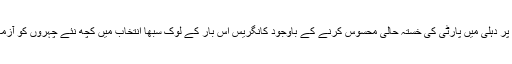
اندرونی طور پر دہلی میں پارٹی کی خستہ حالی محسوس کرنے کے باوجود کانگریس اس بار کے لوک سبھا انتخاب میں کچھ نئے چہروں کو آزمانا چاہتی ہے۔